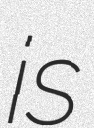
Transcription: is